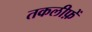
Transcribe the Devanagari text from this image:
तकलीफ़ें